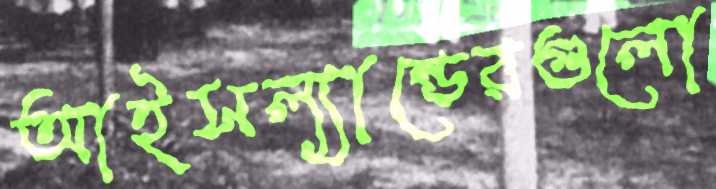
আইসল্যান্ডেরগুলো